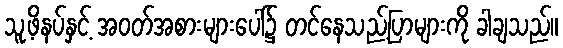
သူ့ဖိနပ်နှင့် အဝတ်အစားများပေါ်၌ တင်နေသည့်ပြာများကို ခါချသည်။